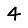
Digit: 4